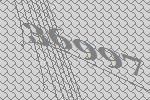
36997